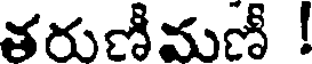
తరుణీమణీ !